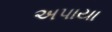
અપાયા